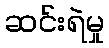
ဆင်းရဲမှု